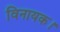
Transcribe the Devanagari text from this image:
विनायक।